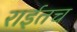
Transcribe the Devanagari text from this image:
राईतच